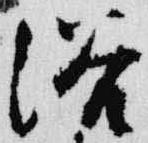
浴